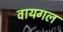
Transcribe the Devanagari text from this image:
वायगल